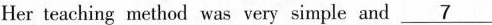
Her teaching method was very simple and \underline{7}